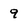
Character: 9